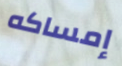
إمساكه